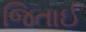
જિતાઈ